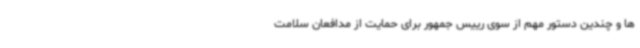
ها و چندین دستور مهم از سوی رییس جمهور برای حمایت از مدافعان سلامت